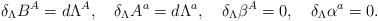
LaTeX: \begin{align*}\delta_\Lambda B^A = d\Lambda^A,\quad \delta_\Lambda A^a=d\Lambda^a,\quad\delta_\Lambda \beta^A =0,\quad \delta_\Lambda \alpha^a=0.\end{align*}